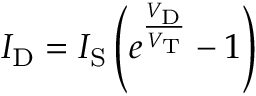
I _ { \mathrm { D } } = I _ { \mathrm { S } } \left( e ^ { \frac { V _ { \mathrm { D } } } { V _ { \mathrm { T } } } } - 1 \right)